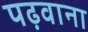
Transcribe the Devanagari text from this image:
पढ़वाना